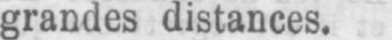
grandes distances.